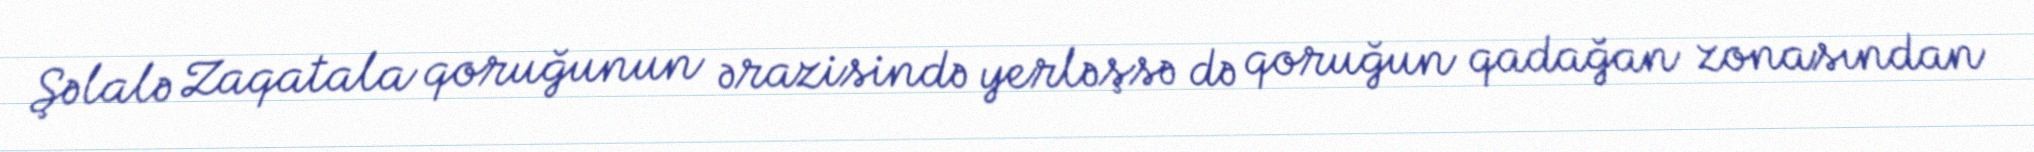
Şəlalə Zaqatala qoruğunun ərazisində yerləşsə də qoruğun qadağan zonasından